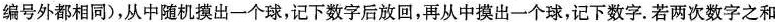
编号外都相同)，从中随机摸出一个球，记下数字后放回，再从中摸出一个球，记下数字。若两次数字之和